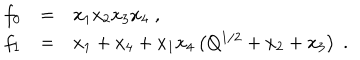
\begin{array} { l l l } { { f _ { 0 } } } & { { = } } & { { x _ { 1 } x _ { 2 } x _ { 3 } x _ { 4 } \; , } } \\ { { f _ { 1 } } } & { { = } } & { { x _ { 1 } + x _ { 4 } + x _ { 1 } x _ { 4 } \left( Q ^ { 1 / 2 } + x _ { 2 } + x _ { 3 } \right) \; . } } \\ \end{array}